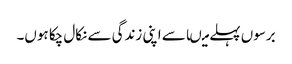
برسوں پہلے میںاسے اپنی زندگی سے نکال چکا ہوں۔